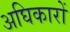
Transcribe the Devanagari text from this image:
अघिकारों